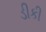
ડીકી